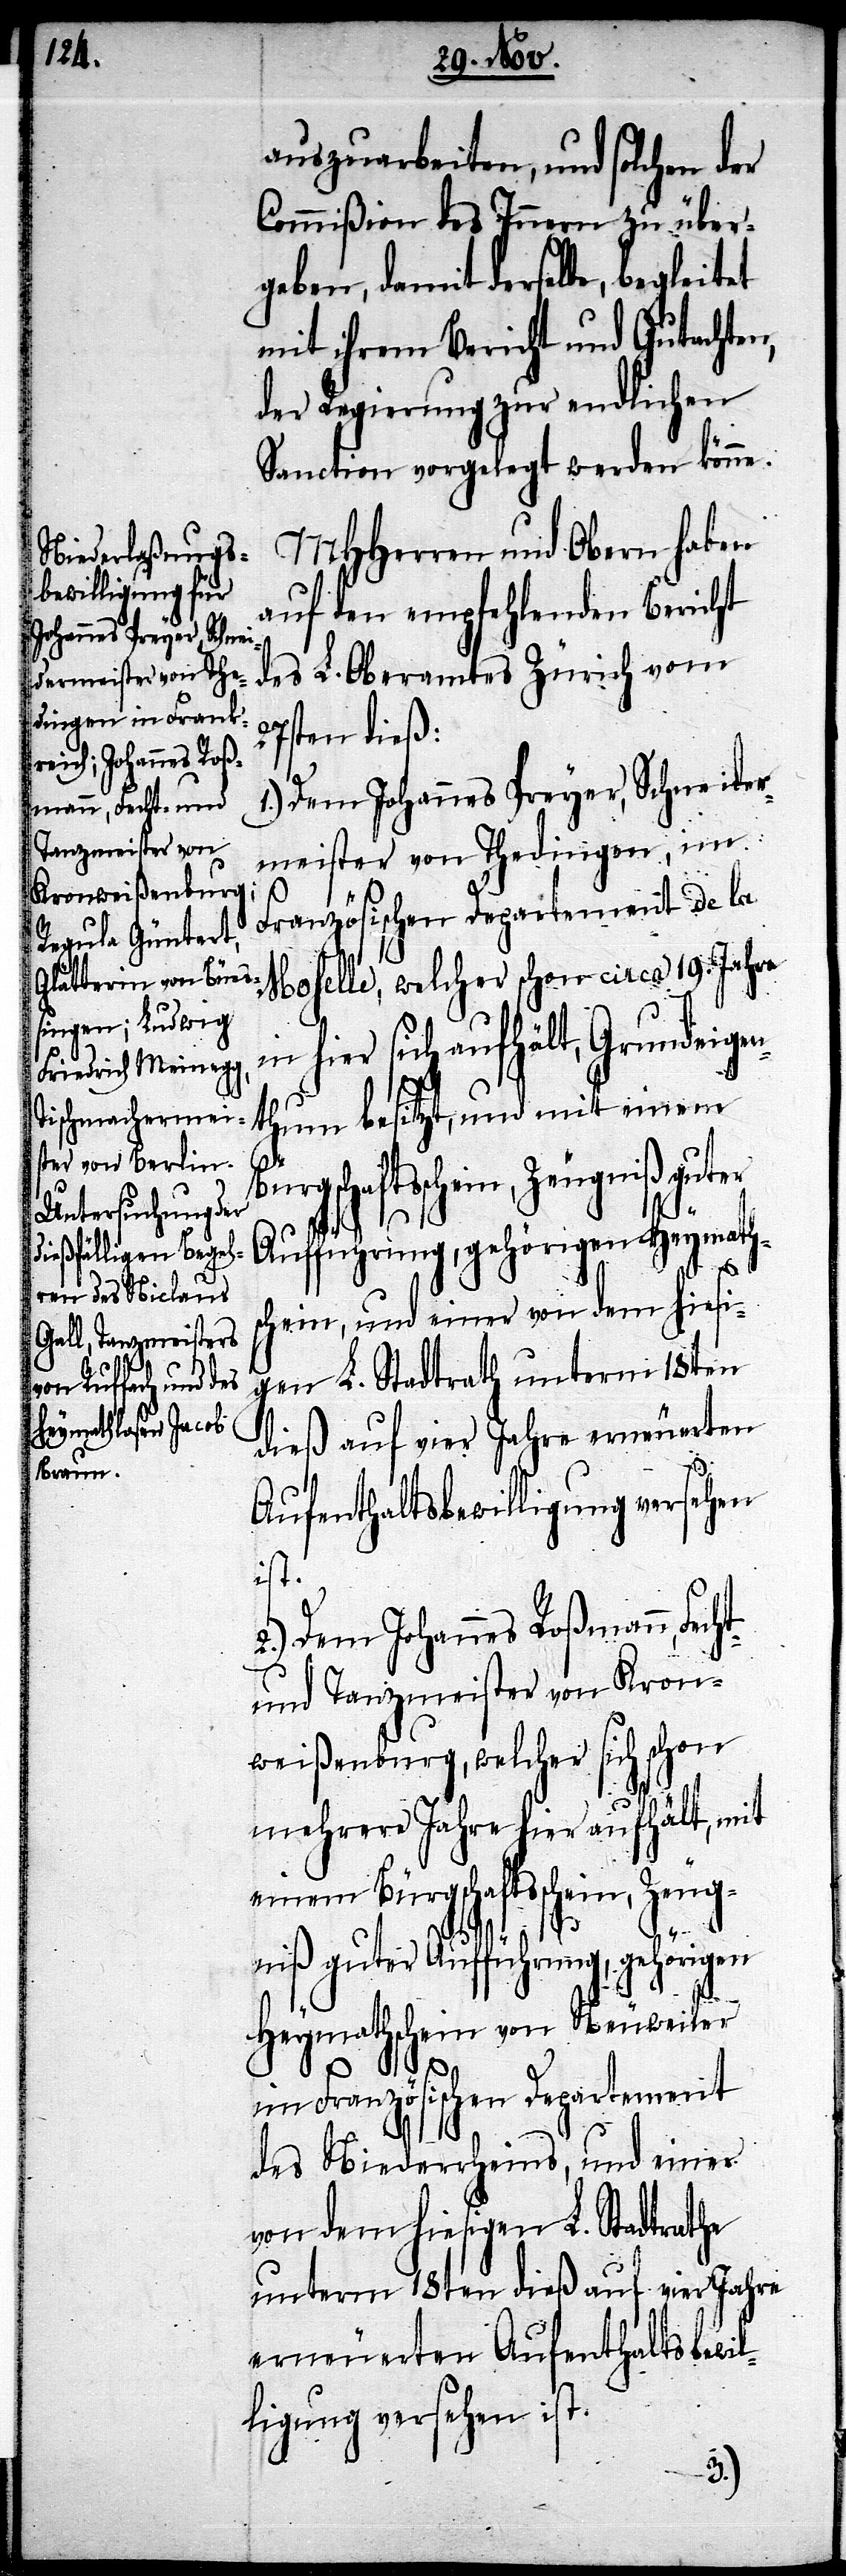
auszuarbeiten, und solchen der
Commißion des Innern zu über¬
geben, damit derselbe, begleitet
mit ihrem Bericht und Gutachten,
der Regierung zur endlichen
Sanction vorgelegt werden könne.
MHHerren und Obern haben
auf den empfehlenden Bericht
des L. Oberamtes Zürich vom
ten dieß:
1.) Dem Johannes Preyer, Schneider¬
meister von Thedingen, im
Französischen Departement de la
Mohelle, welcher schon circa 19. Jahre
hier sich aufhält, Grundeigen¬
thum besitzt, und mit einem
27s¬
Bürgschaftsschein, Zeugniß guter
Aufführung, gehörigen Heymath¬
schein, und einer von dem hiesi¬
gen L. Stadtrath unterm 18ten
dieß auf vier Jahre erneuerten
Aufenthaltsbewilligung versehen
ist.
Dem Johannes Roßmann,
und Tanzmeister von Kron¬
weißenburg, welcher sich schon
mehrere Jahre hier aufhält, mit
einem Bürgschaftsscheine, Zeug¬
niß guter Aufführung, gehörigen
Heymathschein von Neuweiler
im Französischen Departement
des Niederrheins, und einer
von dem hiesigen L. Stadtrathe
unterm 18ten dieß auf vier Jahre
erneuerten Aufenthaltsbewil¬
ligung versehen ist.
2.)